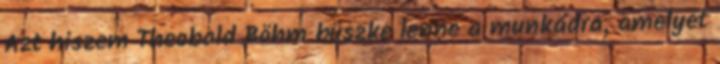
Azt hiszem Theobald Böhm büszke lenne a munkádra, amelyet